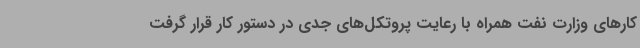
کارهای وزارت نفت همراه با رعایت پروتکل‌های جدی در دستور کار قرار گرفت